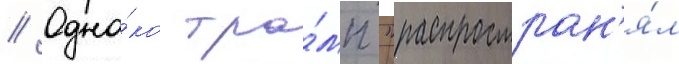
// Одна́ко тра́мп "распростран'я́л